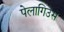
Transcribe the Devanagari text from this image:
पेलागिउस